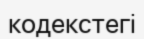
кодекстегі